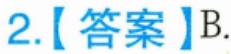
2.【答案】B.